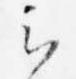
云